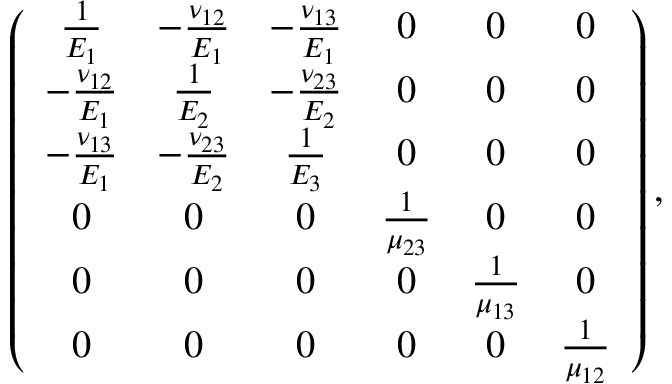
\left( \begin{array} { c c c c c c } { \frac { 1 } { E _ { 1 } } } & { - \frac { \nu _ { 1 2 } } { E _ { 1 } } } & { - \frac { \nu _ { 1 3 } } { E _ { 1 } } } & { 0 } & { 0 } & { 0 } \\ { - \frac { \nu _ { 1 2 } } { E _ { 1 } } } & { \frac { 1 } { E _ { 2 } } } & { - \frac { \nu _ { 2 3 } } { E _ { 2 } } } & { 0 } & { 0 } & { 0 } \\ { - \frac { \nu _ { 1 3 } } { E _ { 1 } } } & { - \frac { \nu _ { 2 3 } } { E _ { 2 } } } & { \frac { 1 } { E _ { 3 } } } & { 0 } & { 0 } & { 0 } \\ { 0 } & { 0 } & { 0 } & { \frac { 1 } { \mu _ { 2 3 } } } & { 0 } & { 0 } \\ { 0 } & { 0 } & { 0 } & { 0 } & { \frac { 1 } { \mu _ { 1 3 } } } & { 0 } \\ { 0 } & { 0 } & { 0 } & { 0 } & { 0 } & { \frac { 1 } { \mu _ { 1 2 } } } \end{array} \right) ,